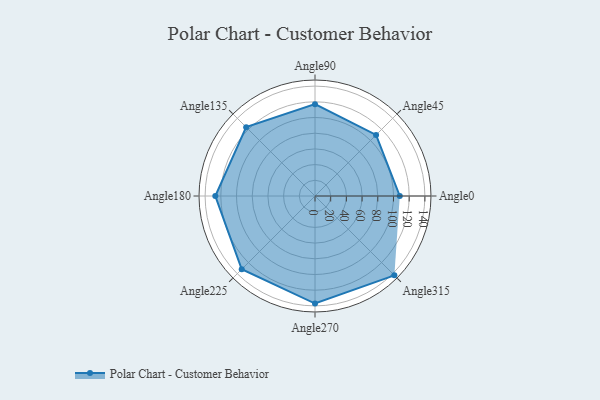
{"axis": {"x": "Angle", "y": "Radius"}, "legend": [""], "data": [{"x": "Angle0", "y": 108.0, "type": ""}, {"x": "Angle45", "y": 110.0, "type": ""}, {"x": "Angle90", "y": 117.0, "type": ""}, {"x": "Angle135", "y": 124.0, "type": ""}, {"x": "Angle180", "y": 127.0, "type": ""}, {"x": "Angle225", "y": 132.0, "type": ""}, {"x": "Angle270", "y": 137.0, "type": ""}, {"x": "Angle315", "y": 143.0, "type": ""}]}